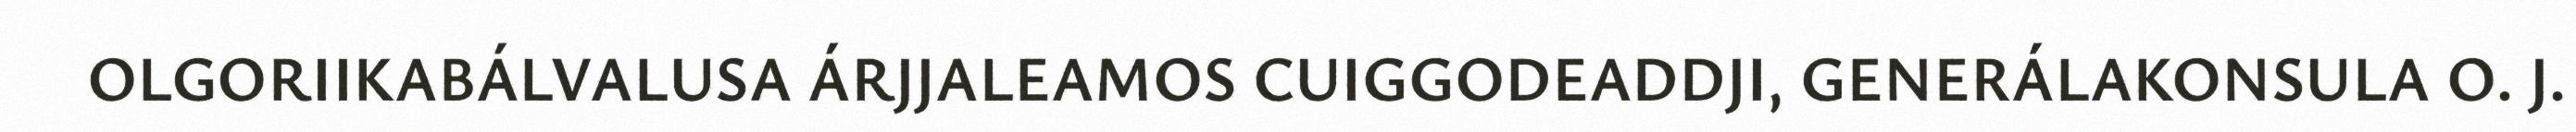
OLGORIIKABÁLVALUSA ÁRJJALEAMOS CUIGGODEADDJI, GENERÁLAKONSULA O. J.